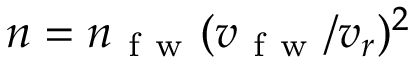
n = n _ { \mathrm { ~ f ~ w ~ } } ( v _ { \mathrm { ~ f ~ w ~ } } / v _ { r } ) ^ { 2 }